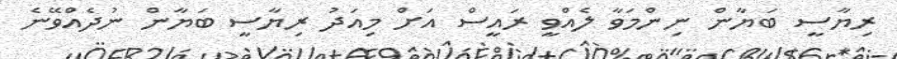
ރިޔާސީ ބަޔާން ނިންމަވާ ލެއްވީ ރައީސް އަށް މިއަދު ރިޔާސީ ބަޔާން ނުދެއްވޭނެ